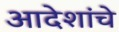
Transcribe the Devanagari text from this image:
आदेशांचे